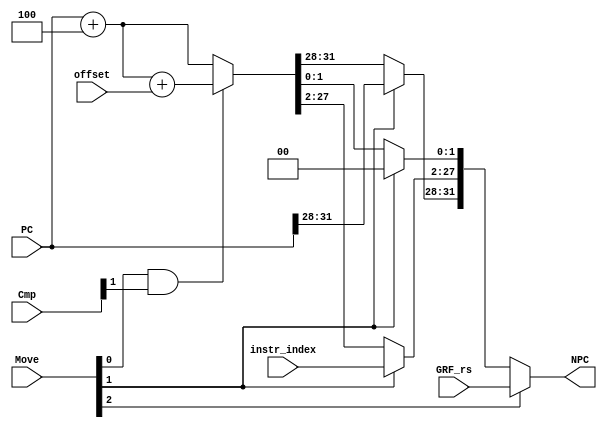
module NPC(
    input [31:0] PC,
	 input [31:0] offset,
	 input [25:0] instr_index,
	 input [31:0] GRF_rs,
	 input [2:0] Move,
	 input [2:0] Cmp,
	 output [31:0] NPC
    );
	 
	 reg [31:0] temp_NPC;
	 
	 always @(*) begin
	   temp_NPC = PC + 4;
		if(Move[0] && Cmp[1]) temp_NPC = PC + 4 + offset;//ʵbeq
		if(Move[1])//ʵjjal
		  begin
		    temp_NPC[1:0] = 0;
			 temp_NPC[27:2] = instr_index;
			 temp_NPC[31:28] = PC[31:28];
		  end
      if(Move[2]) temp_NPC = GRF_rs;//ʵjr
      end		
      
	  assign NPC = temp_NPC;
endmodule